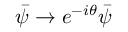
{ \bar { \psi } } \rightarrow e ^ { - i \theta } { \bar { \psi } }